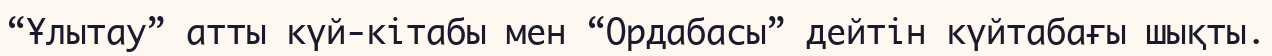
“Ұлытау” атты күй-кітабы мен “Ордабасы” дейтін күйтабағы шықты.